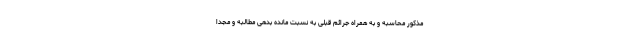
مذکور محاسبه و به همراه جرائم قبلی به نسبت مانده بدهی مطالبه و مجدا